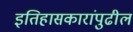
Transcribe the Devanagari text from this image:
इतिहासकारांपुढील